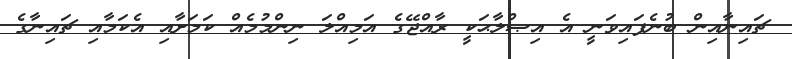
ޗައިނާއިން ބުނެފައިވަނީ އެ އިޞްލާޙަކީ ރާއްޖޭގެ އަމިއްލަ ނިންމުމެއް ކަމަށާއި އެކަމާއި ޗައިނާގެ